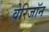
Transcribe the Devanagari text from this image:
वेरिजॉन